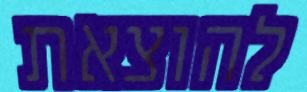
להוצאת